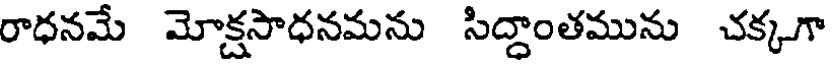
రాధనమే మోక్షసాధనమను సిద్ధాంతమును చక్కగా